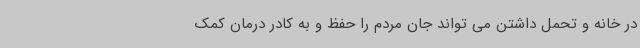
در خانه و تحمل داشتن می تواند جان مردم را حفظ و به کادر درمان کمک